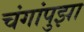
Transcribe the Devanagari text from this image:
चंगांपुझा